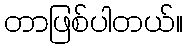
တာဖြစ်ပါတယ်။